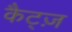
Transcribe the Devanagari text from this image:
कैट्ज़